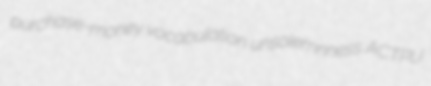
purchase-money vocabulation unsolemnness ACTPU